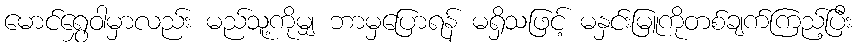
မောင်ရွှေဝါမှာလည်း မည်သူ့ကိုမျှ ဘာမှပြောရန် မရှိသဖြင့် မနှင်းမြူကိုတစ်ချက်ကြည့်ပြီး